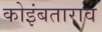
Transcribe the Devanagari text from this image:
कोइंबताराव